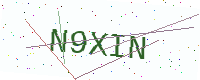
Text: N9XIN